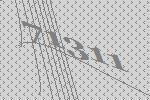
71311